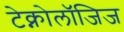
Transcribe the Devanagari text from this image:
टेक्नोलॉजिज